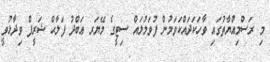
މި ރަސްމިއްޔާތުގައި ވާހަކަދައްކަވަމުން ފުވަމުލައް ސިޓީގެ މޭޔަރ ޢަބްދު ފަލާޙް ޝަރީފް ވިދާޅުވީ